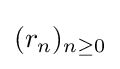
(r_{n})_{n\geq 0}